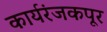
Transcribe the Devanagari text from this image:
कार्यरंजकपूर